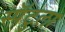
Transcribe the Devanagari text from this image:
स्पॅटुला